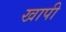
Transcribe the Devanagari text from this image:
खापी